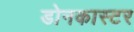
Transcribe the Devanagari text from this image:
डोनकास्टर